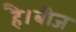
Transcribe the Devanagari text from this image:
है।बीज